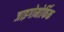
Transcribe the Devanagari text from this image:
जाइगोमोर्फिक